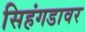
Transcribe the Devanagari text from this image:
सिहंगडावर